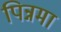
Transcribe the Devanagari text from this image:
पिन्नमा